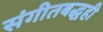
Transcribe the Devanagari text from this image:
संगीतबद्धही